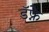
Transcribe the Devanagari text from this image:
डॅफ्ने